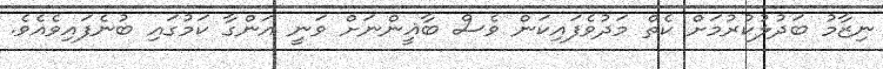
ނިޒާމު ބަދުލުކުރުމަށް ކެތް މަދުވެފައިކަން ވެސް ބާޣީންނަށް ވަނީ އަންގާ ކަމުގައި ބުނެފައިވެއެވެ.